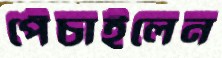
পেঁচাইলেন